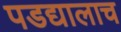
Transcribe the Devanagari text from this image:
पडद्यालाच